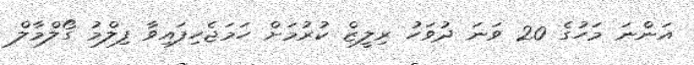
އަންނަ މަހުގެ 20 ވަނަ ދުވަހު ރިލީޒް ކުރުމަށް ހަމަޖެހިފައިވާ ފިލްމު ގޯލްމާލް